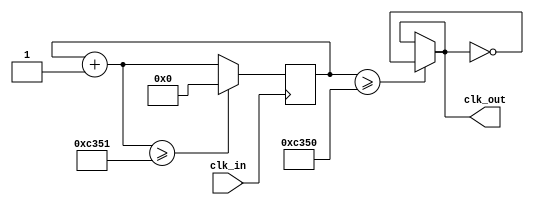

/* Basic clock divider
 *
 * To change the division factor, change the COUNTER_DIV
 * @param COUNTER_DIV The division factor (number of bits in the counter)
 * @param clk_in Input clock
 * @param clk_out Output clock
 */
module clock_divider_4 (clk_out, clk_in);
   parameter COUNTER_DIV = 50000;
   
   input clk_in;
   output clk_out;

   reg [24:0] counter;

   initial begin
      counter = 0;
      // clk_out = 0;
   end

   always @ (posedge clk_in) begin
      counter = counter + 1'b1;
		counter = (counter >= COUNTER_DIV + 1) ? 24'b0 : counter;
   end

   assign clk_out = (counter >= COUNTER_DIV) ? ~clk_out : clk_out;

endmodule // clock_divider_4